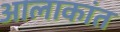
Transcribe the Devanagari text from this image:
आलाकांत